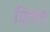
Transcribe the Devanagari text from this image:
व्रिहद